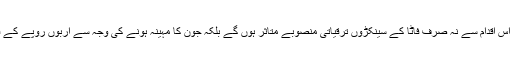
سیکرٹریٹ حکام کے مطابق اس اقدام سے نہ صرف فاٹا کے سینکڑوں ترقیاتی منصوبے متاثر ہوں گے بلکہ جون کا مہینہ ہونے کی وجہ سے اربوں روپے کے فنڈز بھی ضائع ہو جائیں گے۔